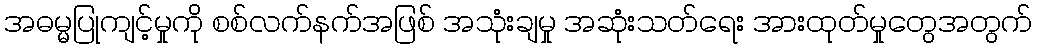
အဓမ္မပြုကျင့်မှုကို စစ်လက်နက်အဖြစ် အသုံးချမှု အဆုံးသတ်ရေး အားထုတ်မှုတွေအတွက်